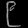
Digit: ၉